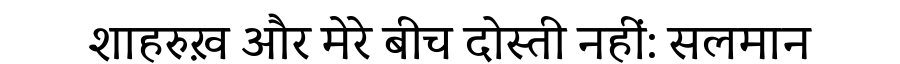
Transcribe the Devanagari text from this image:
शाहरुख़ और मेरे बीच दोस्ती नहीं: सलमान